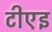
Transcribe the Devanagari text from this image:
टीएइ